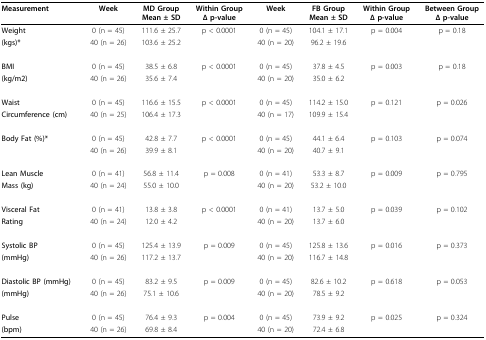
<table><thead><tr><td><b>Measurement</b></td><td><b>Week</b></td><td><b>MD Group Mean ± SD</b></td><td><b>Within Group Δ p-value</b></td><td><b>Week</b></td><td><b>FB Group Mean ± SD</b></td><td><b>Within Group Δ p-value</b></td><td><b>Between Group Δ p-value</b></td></tr></thead><tbody><tr><td><b>Weight </b></td><td>0 (n = 45)</td><td>111.6 ± 25.7</td><td>p &lt; 0.0001</td><td>0 (n = 45)</td><td>104.1 ± 17.1</td><td>p = 0.004</td><td>p = 0.18</td></tr><tr><td><b>(kgs)*</b></td><td>40 (n = 26)</td><td>103.6 ± 25.2</td><td></td><td>40 (n = 20)</td><td>96.2 ± 19.6</td><td></td><td></td></tr><tr><td><b>BMI </b></td><td>0 (n = 45)</td><td>38.5 ± 6.8</td><td>p &lt; 0.0001</td><td>0 (n = 45)</td><td>37.8 ± 4.5</td><td>p = 0.003</td><td>p = 0.18</td></tr><tr><td><b>(kg/m2)</b></td><td>40 (n = 26)</td><td>35.6 ± 7.4</td><td></td><td>40 (n = 20)</td><td>35.0 ± 6.2</td><td></td><td></td></tr><tr><td><b>Waist </b></td><td>0 (n = 45)</td><td>116.6 ± 15.5</td><td>p &lt; 0.0001</td><td>0 (n = 45)</td><td>114.2 ± 15.0</td><td>p = 0.121</td><td>p = 0.026</td></tr><tr><td><b>Circumference (cm)</b></td><td>40 (n = 25)</td><td>106.4 ± 17.3</td><td></td><td>40 (n = 17)</td><td>109.9 ± 15.4</td><td></td><td></td></tr><tr><td><b>Body Fat (%)*</b></td><td>0 (n = 45)</td><td>42.8 ± 7.7</td><td>p &lt; 0.0001</td><td>0 (n = 45)</td><td>44.1 ± 6.4</td><td>p = 0.103</td><td>p = 0.074</td></tr><tr><td></td><td>40 (n = 26)</td><td>39.9 ± 8.1</td><td></td><td>40 (n = 20)</td><td>40.7 ± 9.1</td><td></td><td></td></tr><tr><td><b>Lean Muscle </b></td><td>0 (n = 41)</td><td>56.8 ± 11.4</td><td>p = 0.008</td><td>0 (n = 41)</td><td>53.3 ± 8.7</td><td>p = 0.009</td><td>p = 0.795</td></tr><tr><td><b>Mass (kg)</b></td><td>40 (n = 24)</td><td>55.0 ± 10.0</td><td></td><td>40 (n = 20)</td><td>53.2 ± 10.0</td><td></td><td></td></tr><tr><td><b>Visceral Fat </b></td><td>0 (n = 41)</td><td>13.8 ± 3.8</td><td>p &lt; 0.0001</td><td>0 (n = 41)</td><td>13.7 ± 5.0</td><td>p = 0.039</td><td>p = 0.102</td></tr><tr><td><b>Rating</b></td><td>40 (n = 24)</td><td>12.0 ± 4.2</td><td></td><td>40 (n = 20)</td><td>13.7 ± 6.0</td><td></td><td></td></tr><tr><td><b>Systolic BP </b></td><td>0 (n = 45)</td><td>125.4 ± 13.9</td><td>p = 0.009</td><td>0 (n = 45)</td><td>125.8 ± 13.6</td><td>p = 0.016</td><td>p = 0.373</td></tr><tr><td><b>(mmHg)</b></td><td>40 (n = 26)</td><td>117.2 ± 13.7</td><td></td><td>40 (n = 20)</td><td>116.7 ± 14.8</td><td></td><td></td></tr><tr><td><b>Diastolic BP (mmHg)</b></td><td>0 (n = 45)</td><td>83.2 ± 9.5</td><td>p = 0.009</td><td>0 (n = 45)</td><td>82.6 ± 10.2</td><td>p = 0.618</td><td>p = 0.053</td></tr><tr><td><b>(mmHg)</b></td><td>40 (n = 26)</td><td>75.1 ± 10.6</td><td></td><td>40 (n = 20)</td><td>78.5 ± 9.2</td><td></td><td></td></tr><tr><td><b>Pulse </b></td><td>0 (n = 45)</td><td>76.4 ± 9.3</td><td>p = 0.004</td><td>0 (n = 45)</td><td>73.9 ± 9.2</td><td>p = 0.025</td><td>p = 0.324</td></tr><tr><td><b>(bpm)</b></td><td>40 (n = 26)</td><td>69.8 ± 8.4</td><td></td><td>40 (n = 20)</td><td>72.4 ± 6.8</td><td></td><td></td></tr></tbody></table>